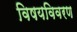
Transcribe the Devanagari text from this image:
विषयविवरण